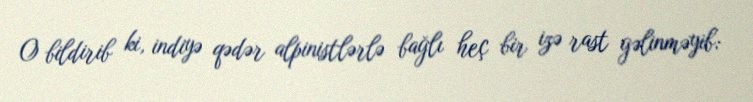
O bildirib ki, indiyə qədər alpinistlərlə bağlı heç bir izə rast gəlinməyib: